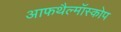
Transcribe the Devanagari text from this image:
आफथैल्मॉस्कोप